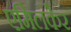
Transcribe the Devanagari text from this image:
एमिलकेर